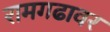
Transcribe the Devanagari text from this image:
रामगढावर